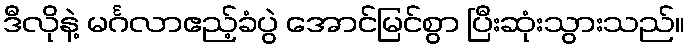
ဒီလိုနဲ့ မင်္ဂလာဧည့်ခံပွဲ အောင်မြင်စွာ ပြီးဆုံးသွားသည်။